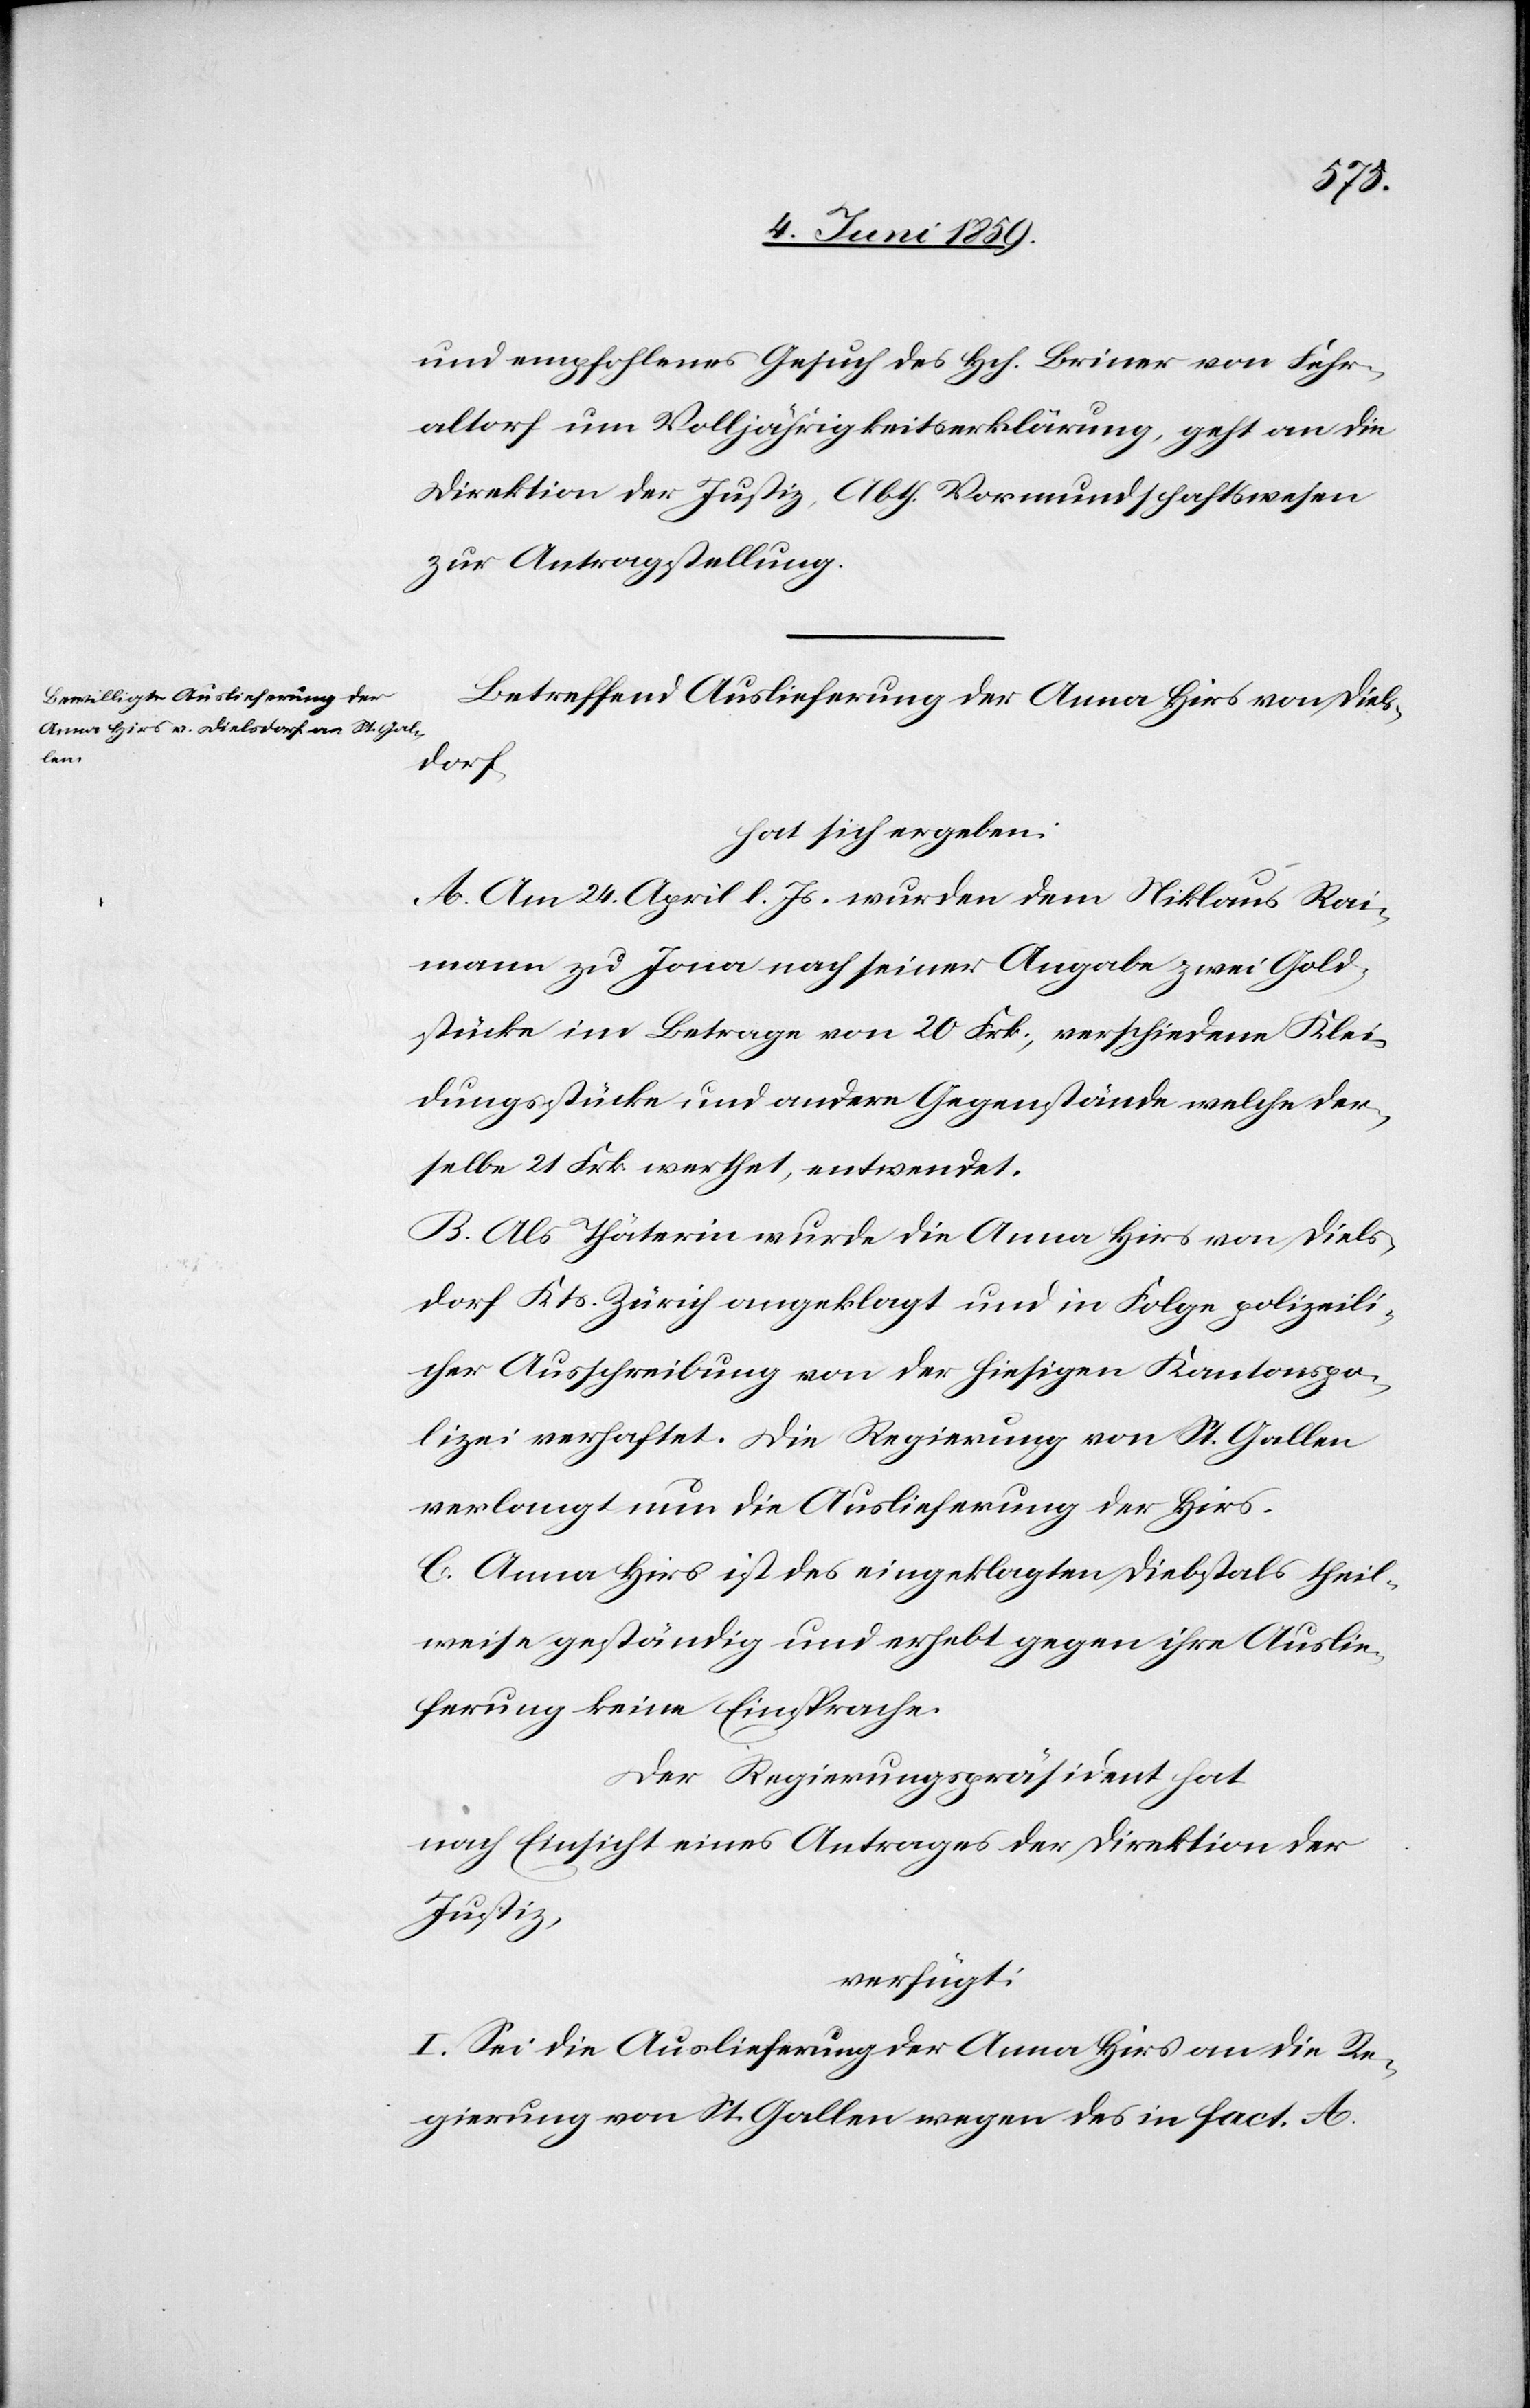
den

6. Juni 1859.]
und empfohlenes Gesuch des Hch. Briner von Fehr¬
altorf um Volljährigkeitserklärung, geht an die
Direktion der Justiz, Abth. Vormundschaftswesen
zur Antragstellung.
Betreffend Auslieferung der Anna Hirs von Diels¬
dorf
hat sich ergeben:
A. Am 24. April l. Js. wurden dem Niklaus Rai¬
mann zu Jona nach seiner Angabe zwei Gold¬
stücke im Betrage von 20 Frk., verschiedene Klei¬
dungsstücke und andere Gegenstände welche der¬
selbe 21. Frk. werthet, entwendet.
B. Als Thäterin wurde die Anna Hirs von Diels¬
dorf Kts. Zürich angeklagt und in Folge polizeili¬
cher Ausschreibung von der hiesigen Kantonspo¬
lizei verhaftet. Die Regierung von St. Gallen
verlangt nun die Auslieferung der Hirs.
C. Anna Hirs ist des eingeklagten Diebstahls theil¬
weise geständig und erhebt gegen ihre Auslie¬
ferung keine Einsprache.
Der Regierungspräsident hat
nach Einsicht eines Antrages der Direktion der
Justiz,
verfügt:
I. Sei die Auslieferung der Anna Hirs an die Re¬
gierung von St. Gallen wegen des in fact. A.